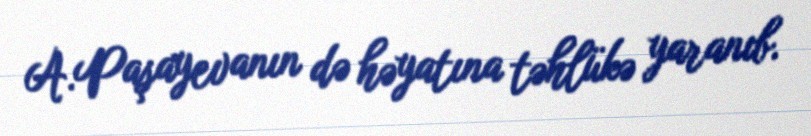
A.Paşayevanın də həyatına təhlükə yaranıb.